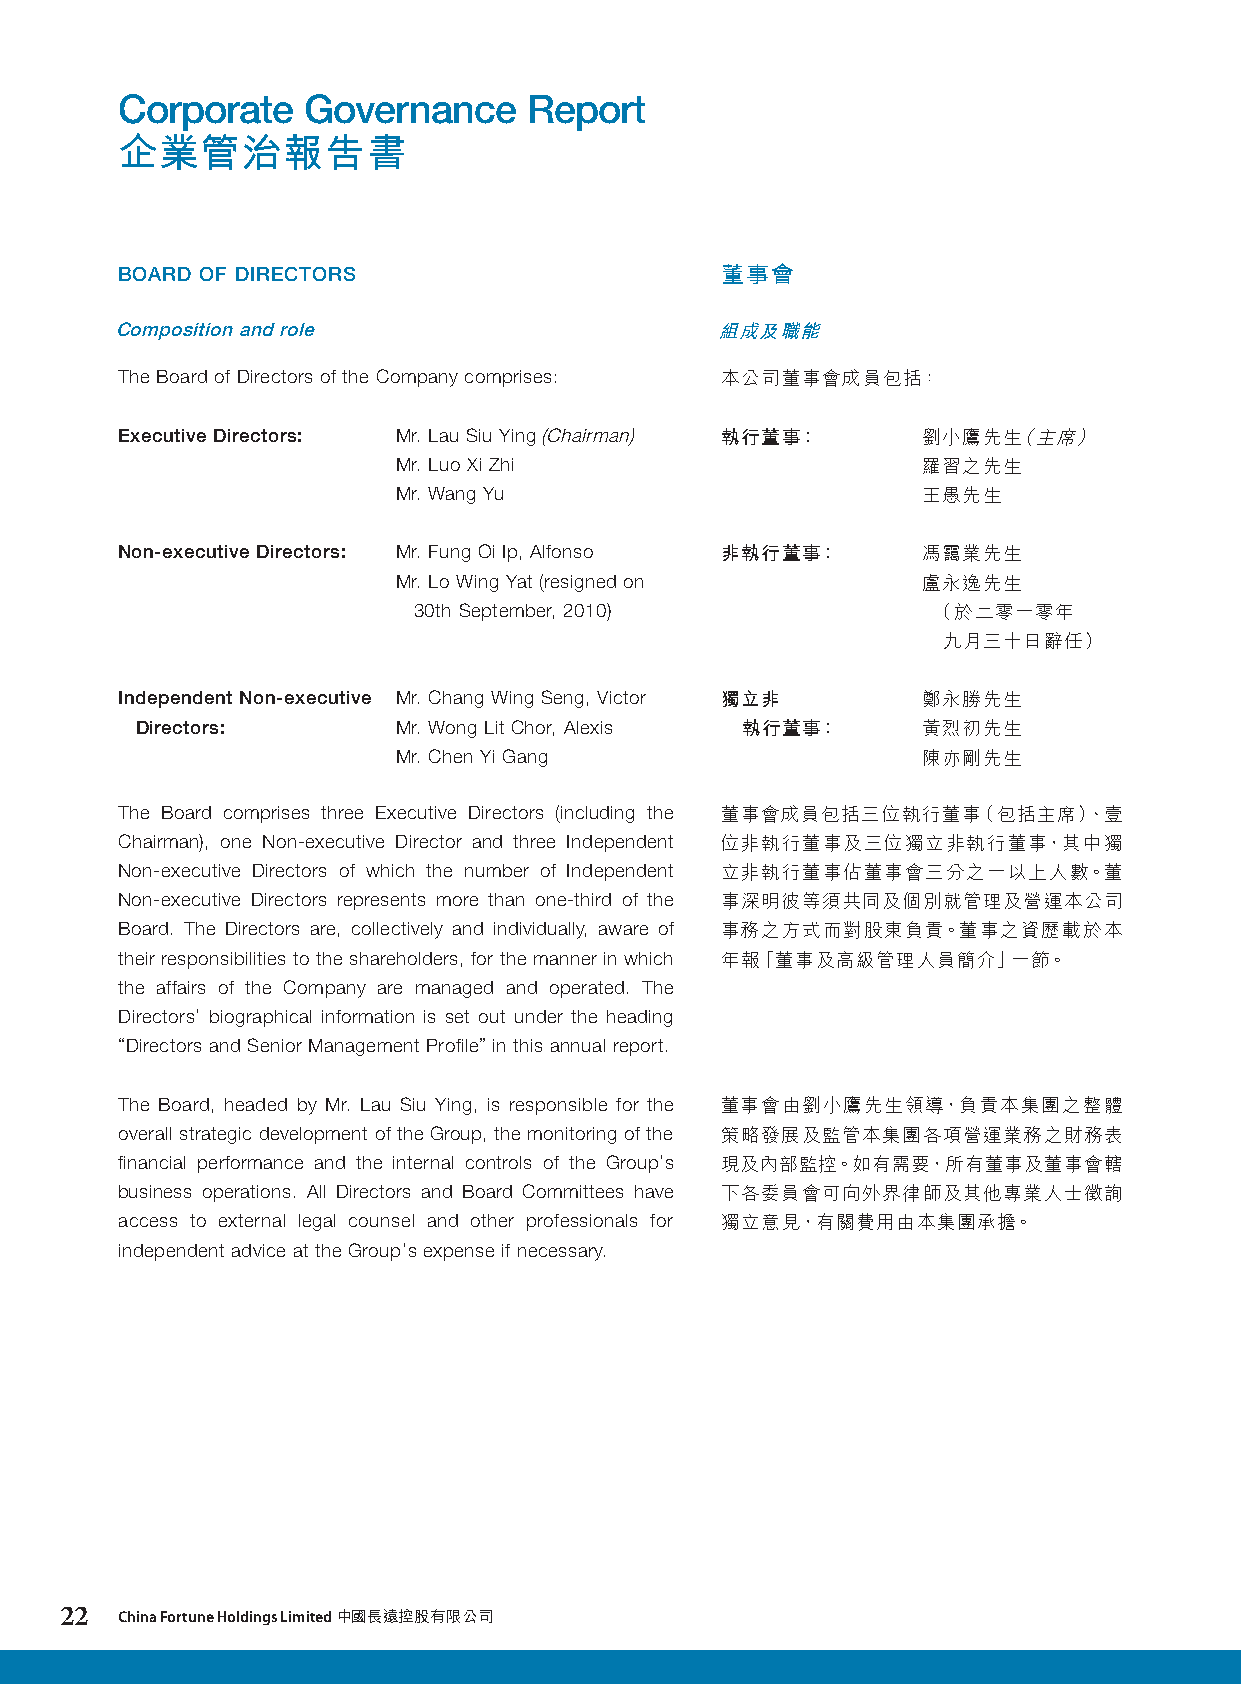
Corporate   Governance     Report
 企業管治報告書
 BOARD OF DIRECTORS                      董事會
 Composition and role                    組成及職能
 The Board of Directors of the Company comprises: 本公司董事會成員包括：
 Executive Directors: Mr. Lau Siu Ying (Chairman) 執行董事： 劉小鷹先生（主席）
 Mr. Luo Xi Zhi                     羅習之先生
 Mr. Wang Yu                        王愚先生
 Non-executive Directors: Mr. Fung Oi Ip, Alfonso 非執行董事： 馮靄業先生
 Mr. Lo Wing Yat (resigned on       盧永逸先生
 30th September, 2010)              （於二零一零年
 九月三十日辭任）
 Independent Non-executive Mr. Chang Wing Seng, Victor 獨立非 鄭永勝先生
 Directors:       Mr. Wong Lit Chor, Alexis 執行董事：    黃烈初先生
 Mr. Chen Yi Gang                   陳亦剛先生
 The Board comprises three Executive Directors (including the 董事會成員包括三位執行董事（包括主席）、壹
 Chairman), one Non-executive Director and three Independent 位非執行董事及三位獨立非執行董事，其中獨
 Non-executive Directors of which the number of Independent 立非執行董事佔董事會三分之一以上人數。董
 Non-executive Directors represents more than one-third of the 事深明彼等須共同及個別就管理及營運本公司
 Board. The Directors are, collectively and individually, aware of 事務之方式而對股東負責。董事之資歷載於本
 their responsibilities to the shareholders, for the manner in which 年報「董事及高級管理人員簡介」一節。
 the affairs of the Company are managed and operated. The
 Directors’ biographical information is set out under the heading
 “Directors and Senior Management Profile” in this annual report.
 The Board, headed by Mr. Lau Siu Ying, is responsible for the 董事會由劉小鷹先生領導，負責本集團之整體
 overall strategic development of the Group, the monitoring of the 策略發展及監管本集團各項營運業務之財務表
 financial performance and the internal controls of the Group’s 現及內部監控。如有需要，所有董事及董事會轄
 business operations. All Directors and Board Committees have 下各委員會可向外界律師及其他專業人士徵詢
 access to external legal counsel and other professionals for 獨立意見，有關費用由本集團承擔。
 independent advice at the Group’s expense if necessary.
 22  China Fortune Holdings Limited 中國長遠控股有限公司